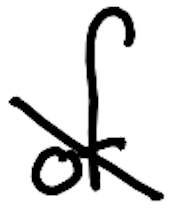
Text: of
Cross-out: diagonal
Writing tool: digital_black